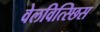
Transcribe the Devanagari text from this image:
वेलवित्स्छिस